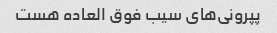
پپرونی‌های سیب فوق العاده هست